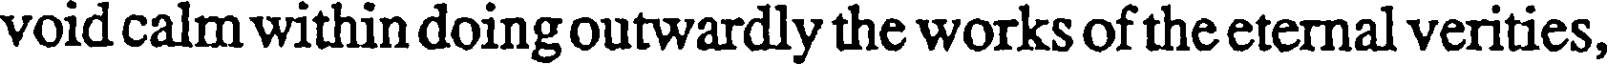
void calm within doing outwardly the works of the eternal verities,